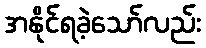
အနိုင်ရခဲ့သော်လည်း